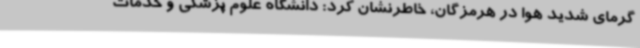
گرمای شدید هوا در هرمزگان، خاطرنشان کرد: دانشگاه علوم پزشکی و خدمات